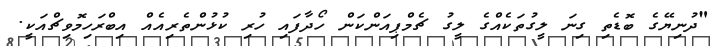
"ދުނިޔޭގެ ބޮޑެތި ގިނަ ލީގުތަކެއްގެ ލީގު ޗެމްޕިއަންކަން ހޯދާފައި ހުރި ކުޅުންތެރިއެއް އިބްރަހިމޮވިޗްއަކީ.